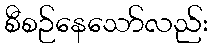
စီစဉ်နေသော်လည်း